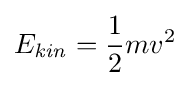
E_{\mathit {kin}}={\frac {1}{2}}mv^{2}